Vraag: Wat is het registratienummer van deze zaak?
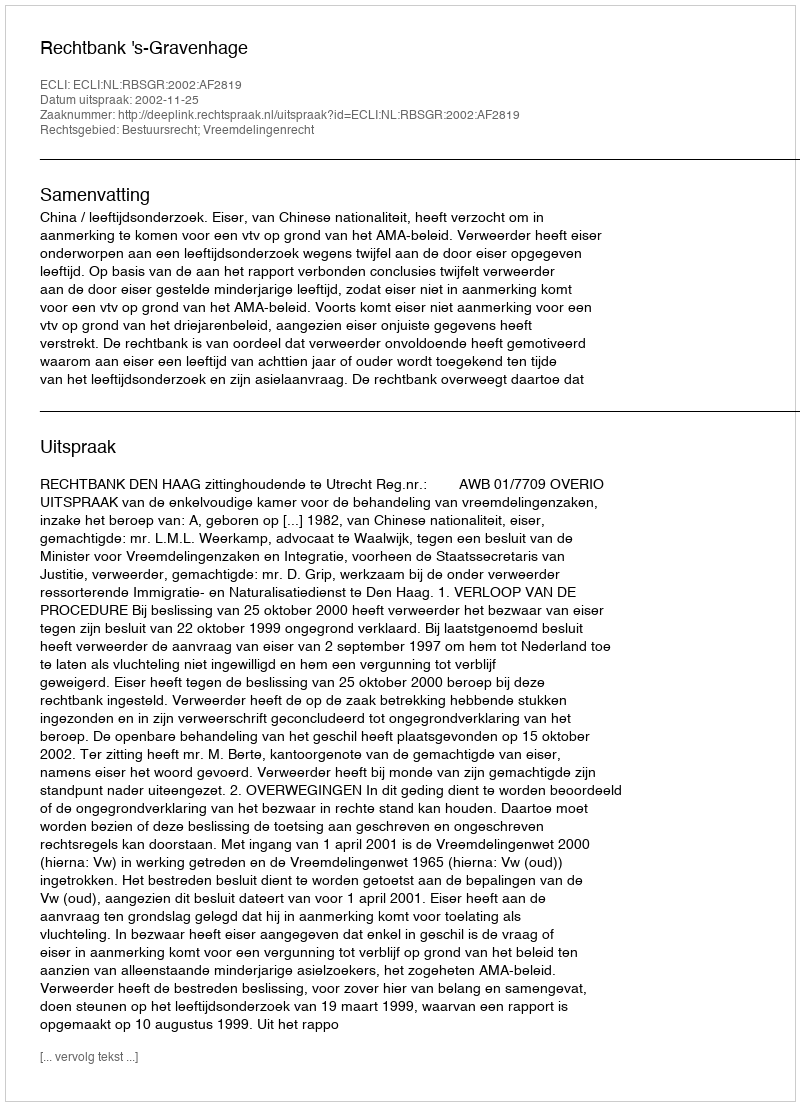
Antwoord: http://deeplink.rechtspraak.nl/uitspraak?id=ECLI:NL:RBSGR:2002:AF2819